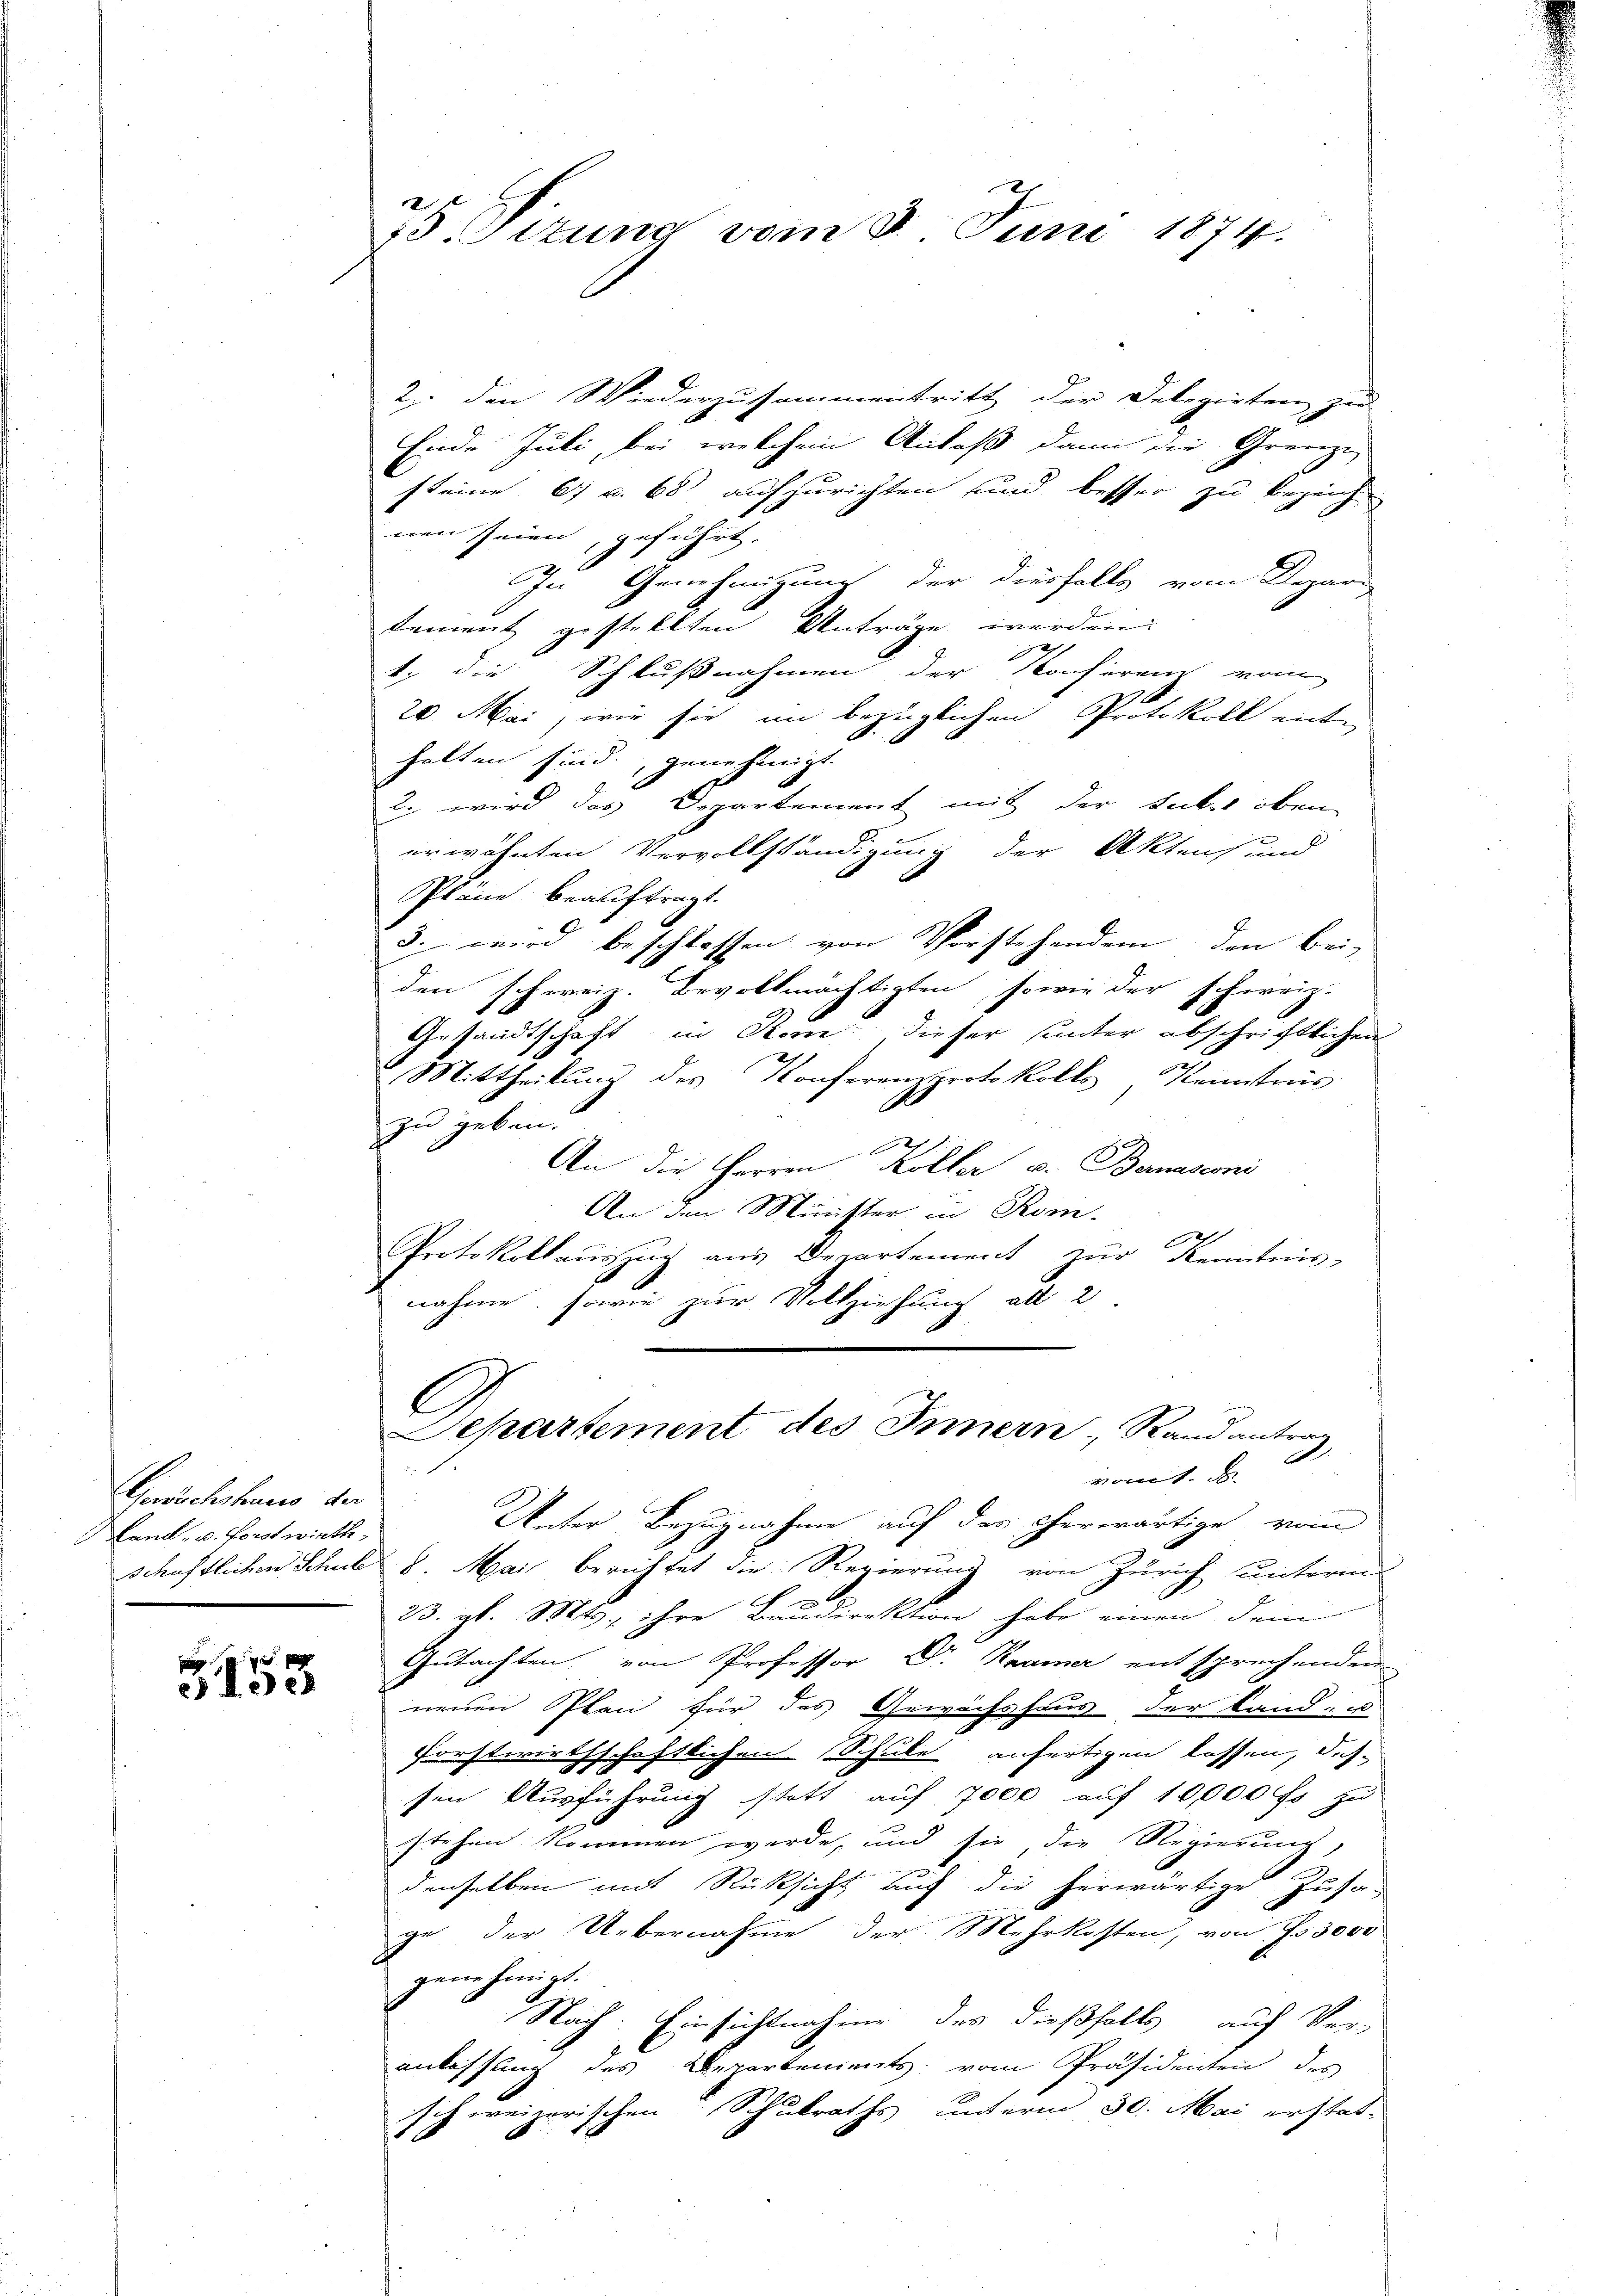
Gewächshaus der
Land- u. Forstwirth,

g
e
e M. e

2
75 Sttung vom 8. Juni 1874.

2. den Wiederzusammentritt der Delegirten zu
Ende Juli, bei welchem Anlaß dann die Grenze
steine 6 u. 68 aufzurichten und besser zu bezeich
nen seien, geführt.
In Genehmigung der diesfalls vom Depari
tement gestellten Anträge werden:
1. die Schlußnahmen der Konferenz vom
1
20 Mai, wie sie im bezüglichen Protokoll enthalten sind, genehmigt.
2. wird das Departement mit der Lucker oben
erwähnten Vervollständigung der Aktens und
Pläne beauftragt.
3. wird beschlossen von Vorstehendem den bei-
den schweiz. Bevollmächtigten, sowie der schweiz.
Gesandtschaft in Stom, dieser unter abschriftlichen
Mittheilung des Konferenzprotokolls, Kenntnis
zu geben.
An die Herren Köller u. Bernaserni
An den Minister in Rom.
Protokollauszug aus Departement zŭr Kenntnis-
nahme, sowie zur Vollziehung all 2
Separtement des Innern Rand antrag
A
vom 1. J
Unter Bezugnahme auf der Eherwärtige vom
schöfflichen Schule 8. Maić berichtet die Regierung von Zürich unterm
23. gl. Mts., ihre Baudirektion habe einen dem
Gutachten von Professor Dr. Kramer entsprechenden
neuen Plan für das Gewächshaus der Land- u
forstwirthschaftlichen Schule anfertigen lassen, das
sen Ausführung statt auf 7000 auf 10,000 fr zu
stehen kommen werde, und sie die Regierung,
denselben mit Rücksicht auf die herwärtige Zusa-
ge der Uebernahme der Mehrkosten, von f. 3000
genehmigt.
Nach Einsichtnahme des dießfalls auf Ver-
anlassung des Departements vom Präsidenten des
schweizerischen Schulraths unterm 30. Mai erstat-